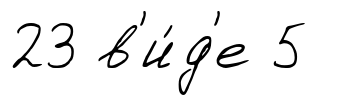
23 в'и́д'е 5